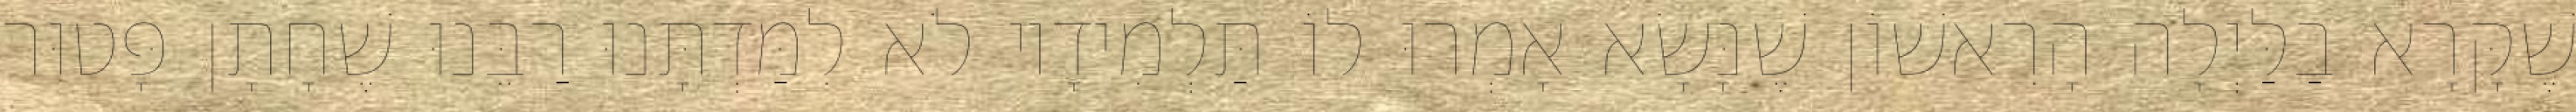
שֶׁקָּרָא בַלַּיְלָה הָרִאשׁוֹן שֶׁנָּשָׂא אָמְרוּ לוֹ תַּלְמִידָיו לֹא לִמַּדְתָּנוּ רַבֵּנוּ שֶׁחָתָן פָּטוּר